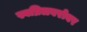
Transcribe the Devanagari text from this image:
स्वप्निलबरोबर